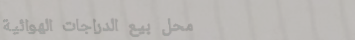
محل بيع الدراجات الهوائية